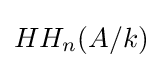
HH_{n}(A/k)